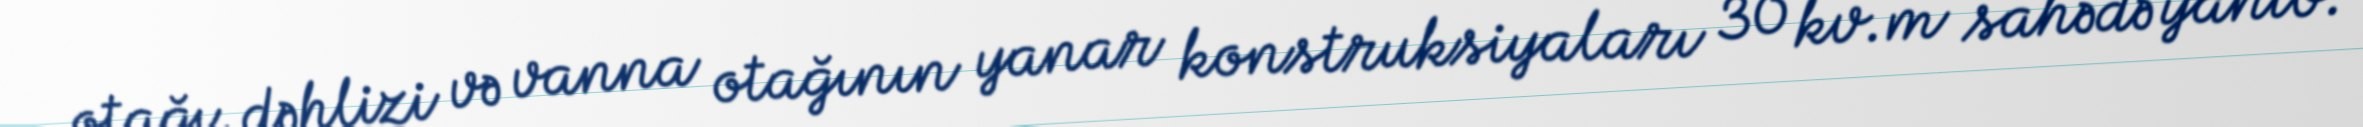
otağı, dəhlizi və vanna otağının yanar konstruksiyaları 30 kv.m sahədə yanıb.